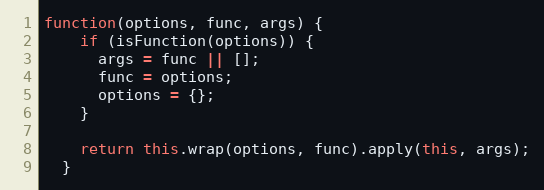
Language: JavaScript
function(options, func, args) {
    if (isFunction(options)) {
      args = func || [];
      func = options;
      options = {};
    }

    return this.wrap(options, func).apply(this, args);
  }